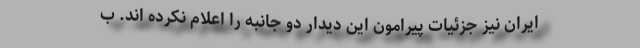
ایران نیز جزئیات پیرامون این دیدار دو جانبه را اعلام نکرده اند. ب